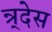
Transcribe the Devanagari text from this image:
न्र्देस